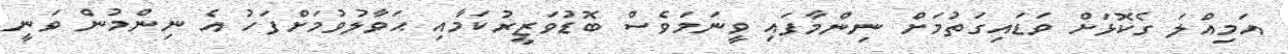
އަމިއްލަ ގެކޮޅަށް ވަޑައިގަތުމަށް ނިންމާފައި ވީނަމަވެސް ބޮޑުވަޒީރުކަމާއި ޙަވާލުވުމަށްފަހު އެ ނިންމުން ވަނީ